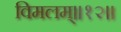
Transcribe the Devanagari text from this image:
विमलम्॥१२॥